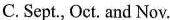
C. Sept., Oct. And Nov.